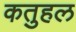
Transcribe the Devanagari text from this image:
कतुहल